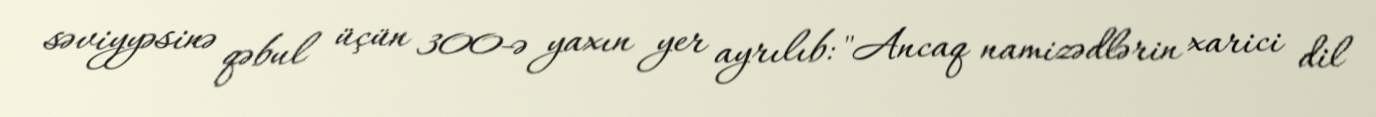
səviyyəsinə qəbul üçün 300-ə yaxın yer ayrılıb: "Ancaq namizədlərin xarici dil